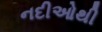
નદીઓથી